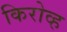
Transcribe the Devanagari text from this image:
किरोव्ह